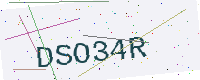
Text: DSO34R